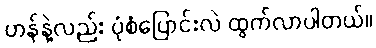
ဟန်နဲ့လည်း ပုံစံပြောင်းလဲ ထွက်လာပါတယ်။